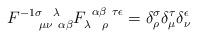
LaTeX: \begin{align*}F^{-1 \sigma ~~\lambda}_{~~~~\mu \nu ~\alpha \beta}F_{\lambda~~\rho}^{~\alpha \beta ~ \tau \epsilon} =\delta^\sigma_\rho \delta^\tau_\mu \delta^\epsilon_\nu\end{align*}